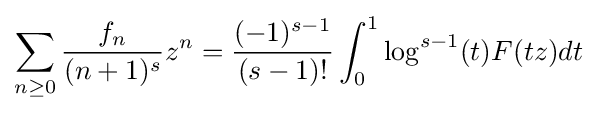
\sum _{n\geq 0}{\frac {f_{n}}{(n+1)^{s}}}z^{n}={\frac {(-1)^{s-1}}{(s-1)!}}\int _{0}^{1}\log ^{s-1}(t)F(tz)dt